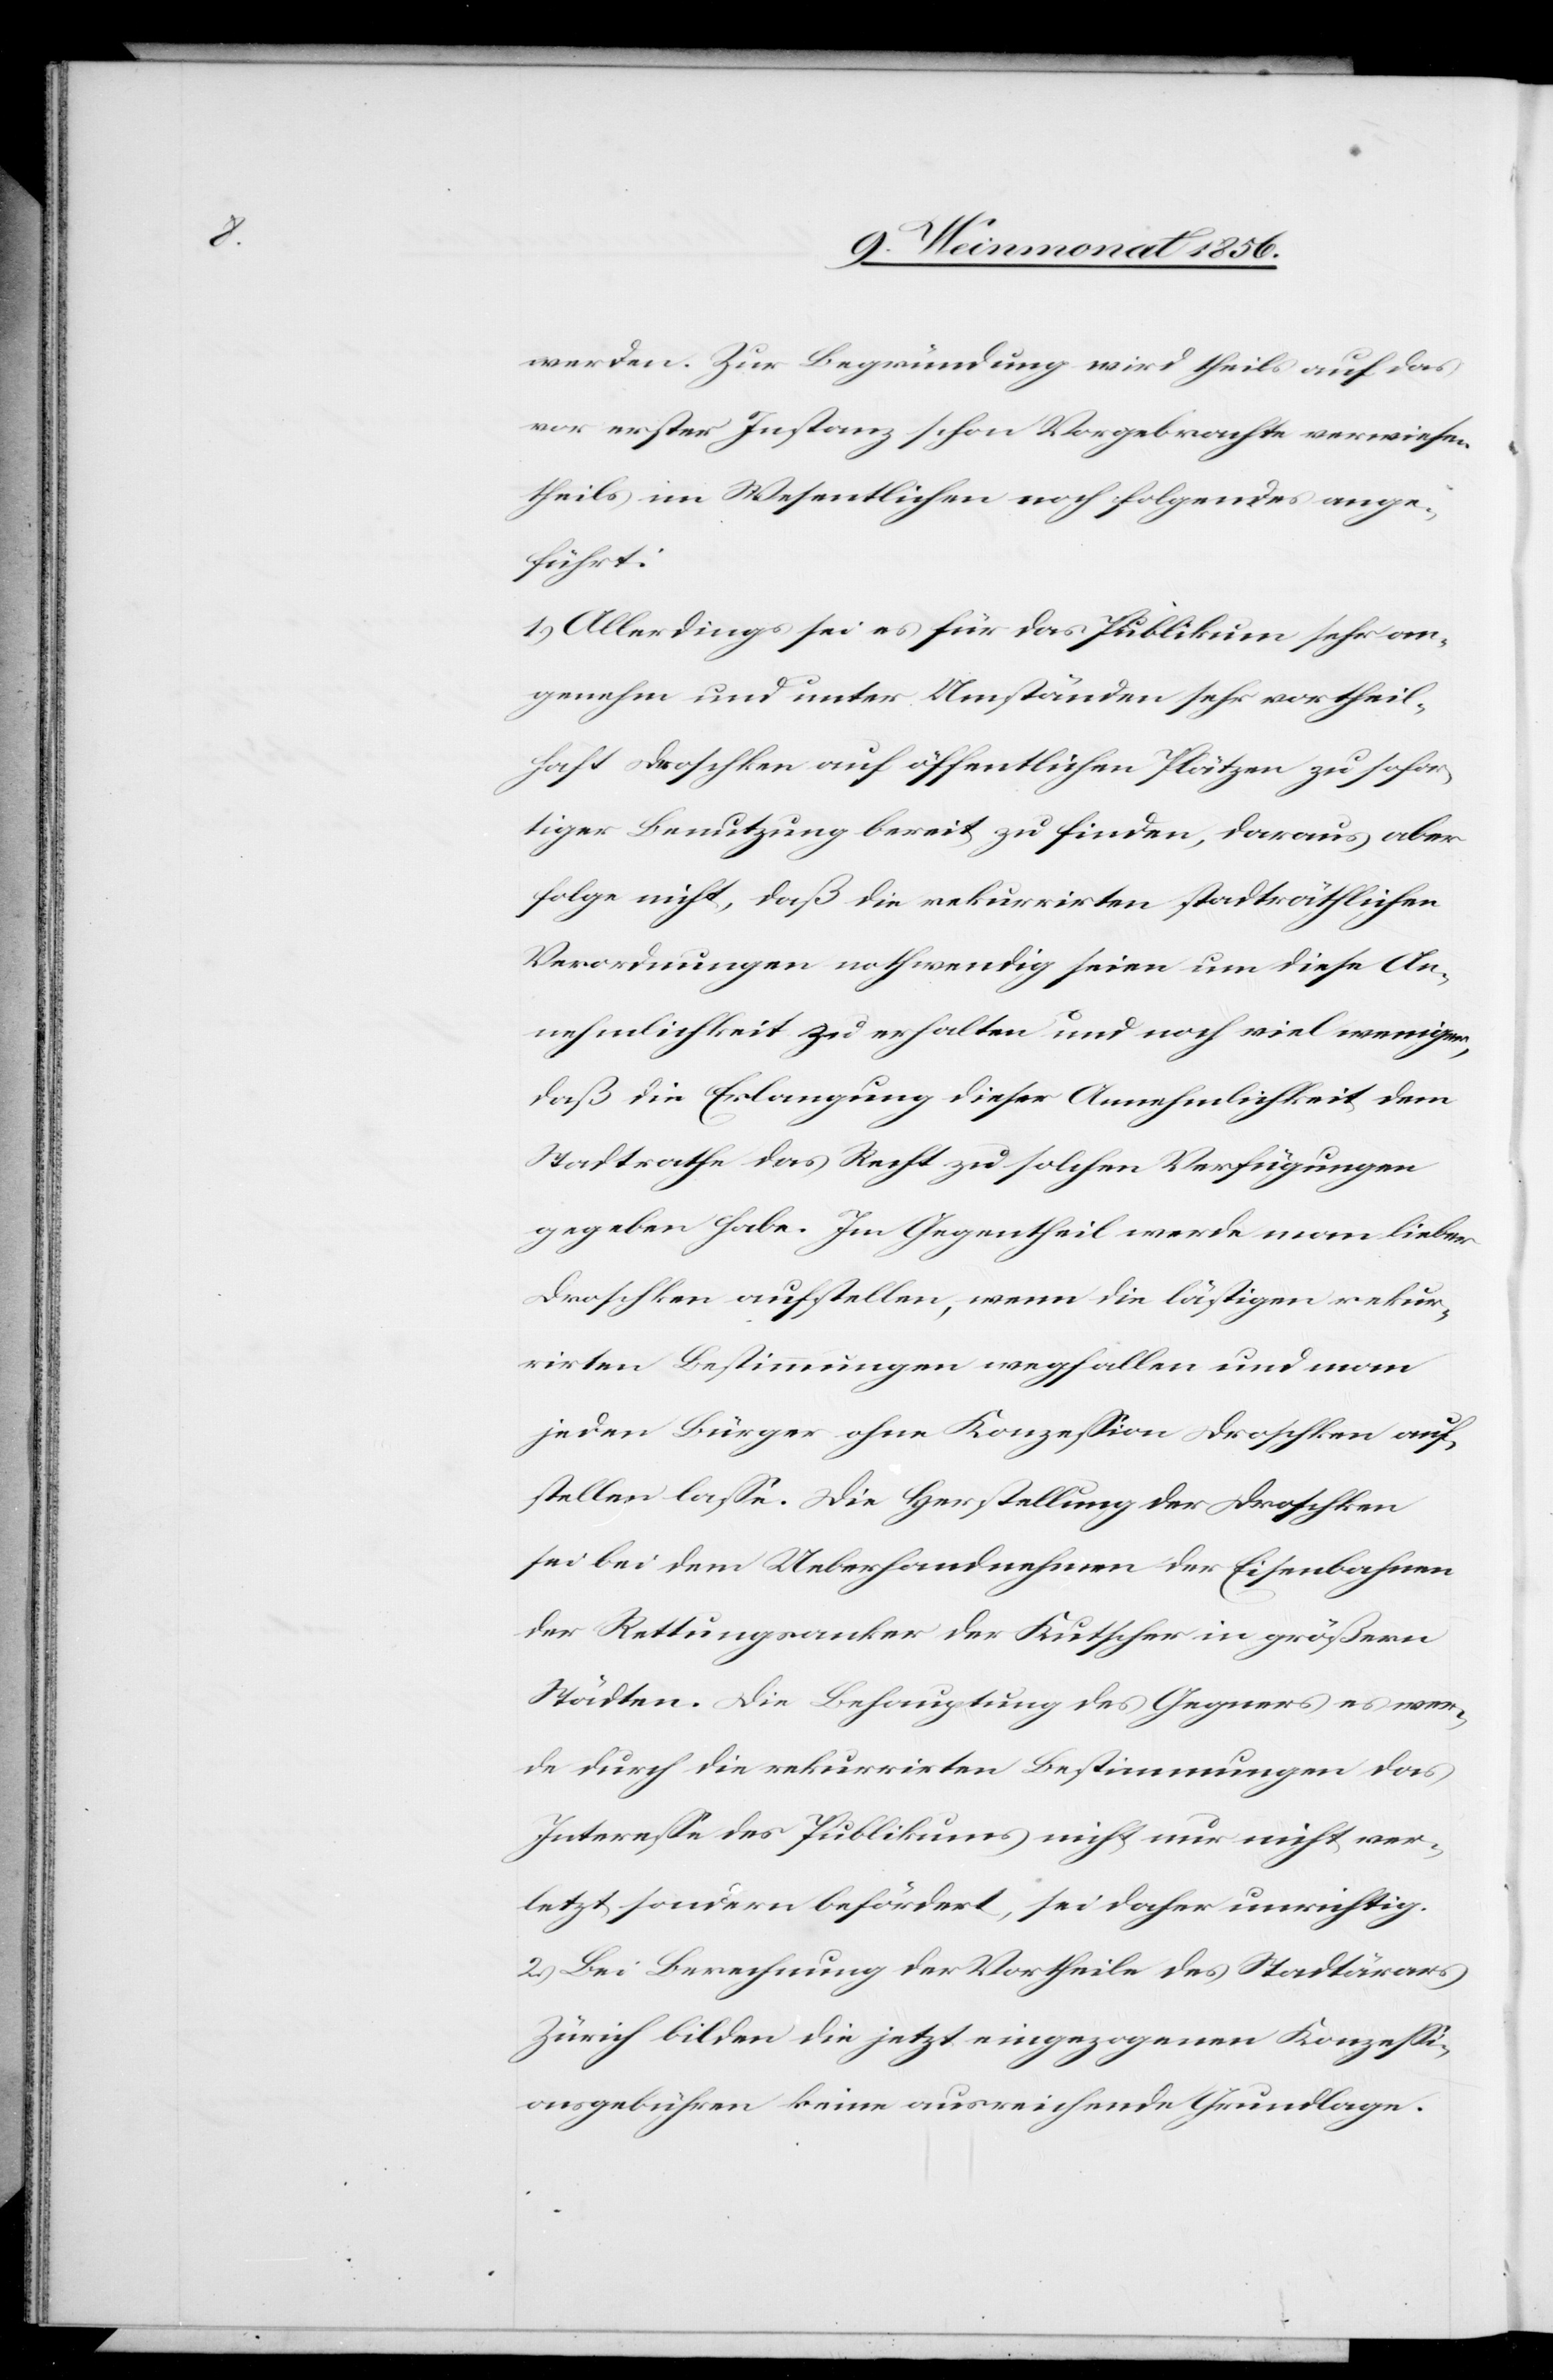
werden. Zur Begründung wird theils auf das
vor erster Instanz schon Vorgebrachte verwiesen
theils im Wesentlichen noch folgendes ange¬
führt:
1.) Allerdings sei es für das Publikum sehr an¬
genehm und unter Umständen sehr vortheil¬
haft Droschken auf öffentlichen Plätzen zu sofor¬
tiger Benutzung bereit zu finden, daraus aber
folge nicht, daß die rekurrirten stadträthlichen
Verordnungen nothwendig seien um diese An¬
nehmlichkeit zu erhalten und noch viel weniger,
daß die Erlangung dieser Annehmlichkeit dem
Stadtrathe das Recht zu solchen Verfügungen
gegeben habe. Im Gegentheil werde man lieber
Droschken aufstellen, wenn die lästigen rekur¬
rirten Bestimmungen wegfallen und man
jeden Bürger ohne Konzession Droschken auf¬
stellen lasse. Die Herstellung der Droschken
sei bei dem Ueberhandnehmen der Eisenbahnen
der Rettungsanker der Kutscher in größern
Städten. Die Behauptung des Gegners es wer¬
de durch die rekurrirten Bestimmungen das
Interesse des Publikums nicht nur nicht ver¬
letzt sondern befördert, sei daher unrichtig.
2.) Bei Berechnung der Vortheile des Stadtärars
Zürich bilden die jetzt eingezogenen Konzessi¬
onsgebühren keine ausreichende Grundlage.